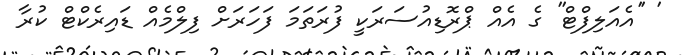
' ''އެއަލިފްޓް'' ގެ އެއް ޕްރޮޑިއުސަރަކީ ފުރަތަމަ ފަހަރަށް ފިލްމެއް ޑައިރެކްޓް ކުރާ